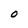
Character: O